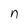
Character: n